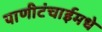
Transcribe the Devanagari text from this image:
पाणीटंचाईमधे